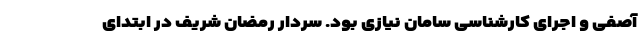
آصفی و اجرای کارشناسی سامان نیازی بود. سردار رمضان شریف در ابتدای